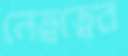
নেত্বত্বের